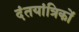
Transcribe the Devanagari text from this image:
दंतयांत्रिकों